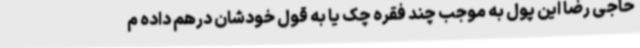
حاجی رضا این پول به موجب چند فقره چک یا به قول خودشان درهم داده م